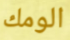
الومك